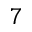
7